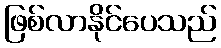
ဖြစ်လာနိုင်ပေသည်